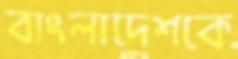
বাংলাদেশকে